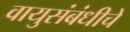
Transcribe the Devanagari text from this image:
वायुसंबंधीचे